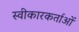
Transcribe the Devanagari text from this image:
स्वीकारकर्ताओं